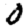
Digit: 0